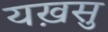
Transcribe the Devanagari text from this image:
यख़सु